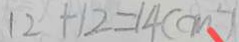
1 2 + 1 2 = 1 4 ( c m ^ { 2 } )